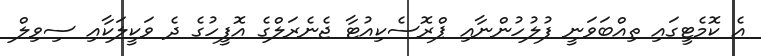
އެ ކޮމެޓީގައި ތިއްބަވަނީ ފުލުހުންނާއި ޕްރޮސެކިއުޓާ ޖެނެރަލްގެ އޮފީހުގެ ދެ ވަކީލަކާއި ސިވިލް